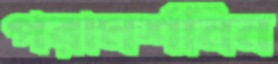
পরামর্শনিন